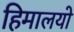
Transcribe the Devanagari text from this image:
हिमालयो